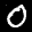
Label: 0